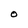
Character: O